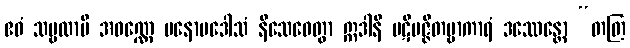
ဧဝံ သဗ္ဗထာပိ အဝဏ္ဏေ မနောပဒေါသံ နိသေဓေတွာ ဣဒါနိ ပဋိပဇ္ဇိတဗ္ဗာကာရံ ဒဿေန္တော “တတြ